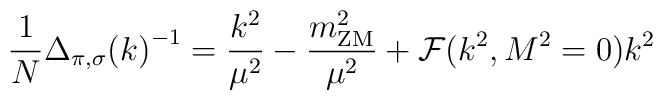
\frac{1}{N} {\Delta_{\pi,\sigma} (k)}^{-1} =  \frac{k^2}{\mu^2} -\frac{m^2_{\rm ZM}}{\mu^2}   + {\cal F}(k^2, M^2=0) k^2